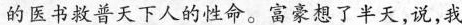
的医书救普天下人的性命。富豪想了半天，说，我